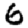
Digit: 6